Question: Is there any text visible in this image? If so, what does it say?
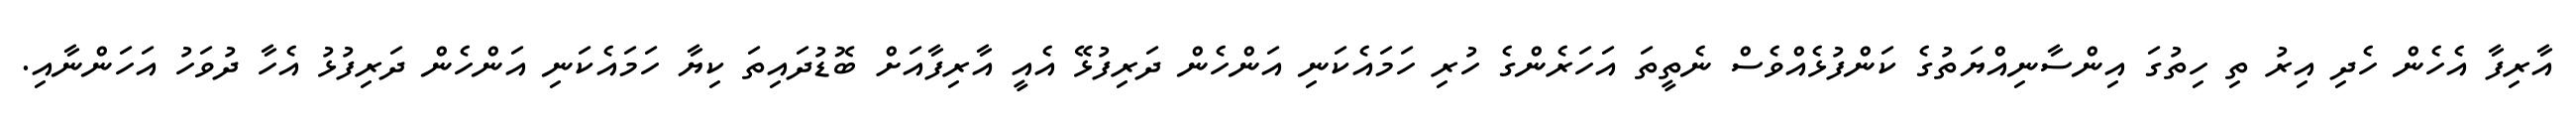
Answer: އާރިފާ އެހެން ހެދި އިރު ތި ހިތުގަ އިންސާނިއްޔަތުގެ ކަންފުޅެއްވެސް ނެތީތަ އަހަރެންގެ ހުރި ހަމައެކަނި އަންހެން ދަރިފުޅޭ އެއީ އާރިފާއަށް ބޮޑުދައިތަ ކިޔާ ހަމައެކަނި އަންހެން ދަރިފުޅު އެހާ ދުވަހު އަހަންނާއި.